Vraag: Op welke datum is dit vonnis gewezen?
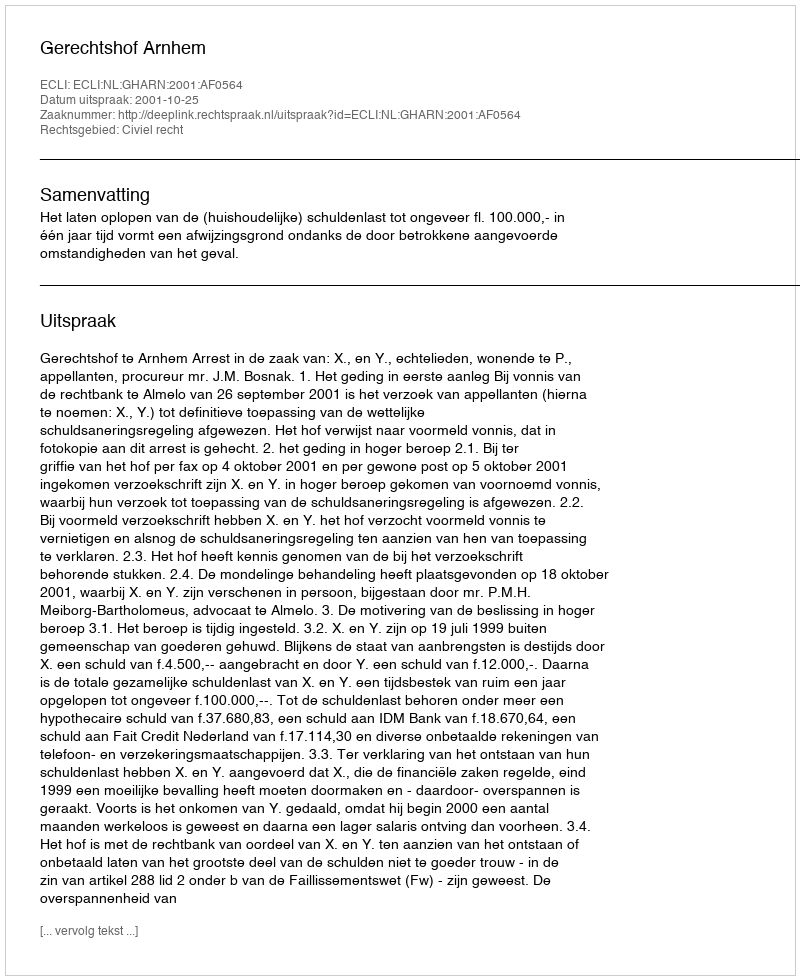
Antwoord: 2001-10-25